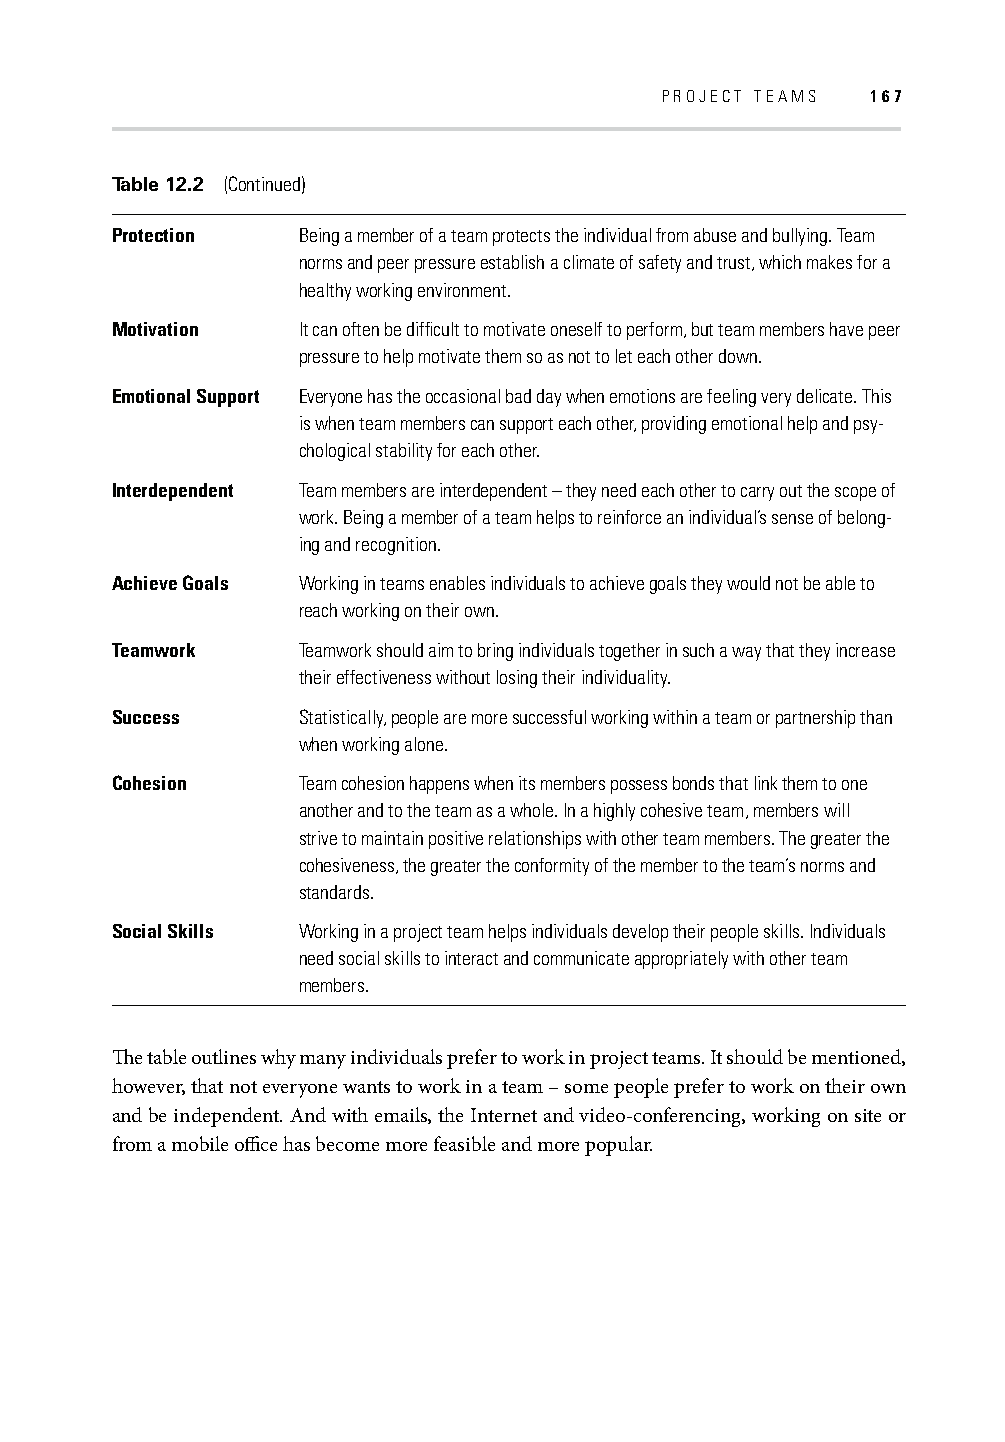
PROJECT TEAMS 167
 Table 12.2 (Continued)
 Protection   Being a member of a team protects the individual from abuse and bullying. Team
 norms and peer pressure establish a climate of safety and trust, which makes for a
 healthy working environment.
 Motivation   It can often be diffi cult to motivate oneself to perform, but team members have peer
 pressure to help motivate them so as not to let each other down.
 Emotional Support Everyone has the occasional bad day when emotions are feeling very delicate. This
 is when team members can support each other, providing emotional help and psy-
 chological stability for each other.
 Interdependent Team members are interdependent – they need each other to carry out the scope of
 work. Being a member of a team helps to reinforce an individual’s sense of belong-
 ing and recognition.
 Achieve Goals Working in teams enables individuals to achieve goals they would not be able to
 reach working on their own.
 Teamwork     Teamwork should aim to bring individuals together in such a way that they increase
 their effectiveness without losing their individuality.
 Success      Statistically, people are more successful working within a team or partnership than
 when working alone.
 Cohesion     Team cohesion happens when its members possess bonds that link them to one
 another and to the team as a whole. In a highly cohesive team, members will
 strive to maintain positive relationships with other team members. The greater the
 cohesiveness, the greater the conformity of the member to the team’s norms and
 standards.
 Social Skills Working in a project team helps individuals develop their people skills. Individuals
 need social skills to interact and communicate appropriately with other team
 members.
 Th e table outlines why many individuals prefer to work in project teams. It should be mentioned,
 however, that not everyone wants to work in a team – some people prefer to work on their own
 and be independent. And with emails, the Internet and video-conferencing, working on site or
 from a mobile offi ce has become more feasible and more popular.